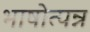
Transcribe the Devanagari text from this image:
भाषोत्पन्न